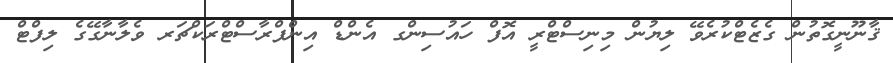
ޤާނޫނީގޮތުން ގެޒެޓްކުރެވޭ ލިޔުން މިނިސްޓްރީ އޮފް ހައުސިންގ އެންޑް އިންފްރާސްޓްރަކްޗަރ ވެލާނާގޭގެ ލިފްޓް